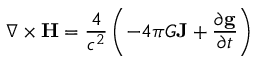
\nabla \times \mathbf { H } = { \frac { 4 } { c ^ { 2 } } } \left( - 4 \pi G \mathbf { J } + { \frac { \partial \mathbf { g } } { \partial t } } \right) \,